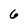
Character: 6